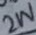
Text: 2W